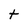
Character: t